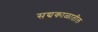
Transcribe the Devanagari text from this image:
सद्यकाळातील